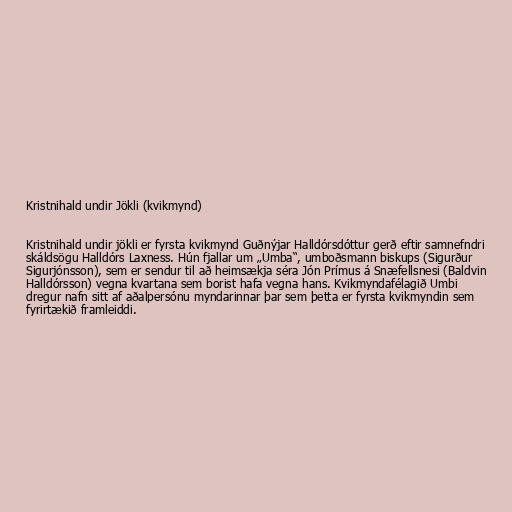
Kristnihald undir Jökli (kvikmynd)

Kristnihald undir jökli er fyrsta kvikmynd Guðnýjar Halldórsdóttur gerð eftir samnefndri
skáldsögu Halldórs Laxness. Hún fjallar um „Umba“, umboðsmann biskups (Sigurður
Sigurjónsson), sem er sendur til að heimsækja séra Jón Prímus á Snæfellsnesi (Baldvin
Halldórsson) vegna kvartana sem borist hafa vegna hans. Kvikmyndafélagið Umbi
dregur nafn sitt af aðalpersónu myndarinnar þar sem þetta er fyrsta kvikmyndin sem
fyrirtækið framleiddi.